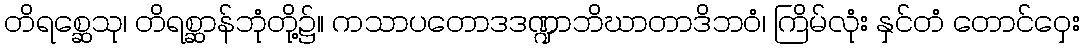
တိရစ္ဆေသု၊ တိရစ္ဆာန်ဘုံတို့၌။ ကသာပတောဒဒဏ္ဍာဘိဃာတာဒိဘဝံ၊ ကြိမ်လုံး နှင်တံ တောင်ဝှေး